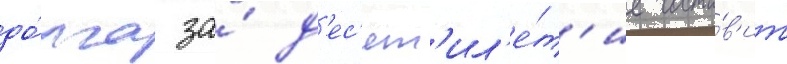
до́лга за́ д'ес'ят'ил'е́т'ие соста́в'ит